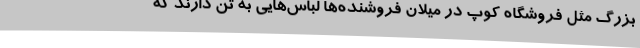
بزرگ مثل فروشگاه کوپ در میلان فروشنده‌ها لباس‌هایی به تن دارند که